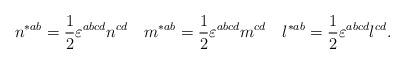
LaTeX: \begin{align*}n^{*ab}=\frac 12\varepsilon ^{abcd}n^{cd}\quad m^{*ab}=\frac 12\varepsilon^{abcd}m^{cd}\quad l^{*ab}=\frac 12\varepsilon ^{abcd}l^{cd}.\end{align*}